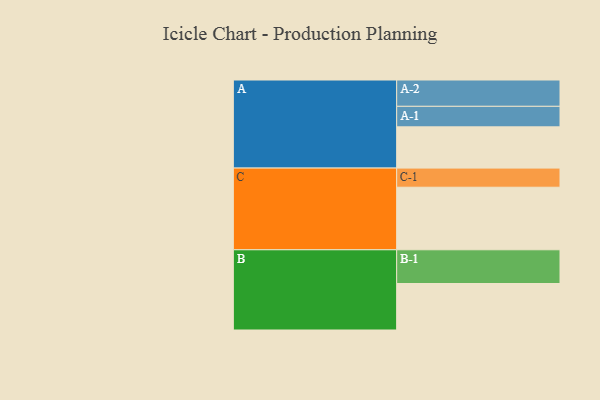
{"axis": {"x": "Segment", "y": "Value"}, "legend": ["", "A", "B", "C"], "data": [{"x": "A", "y": 362, "type": ""}, {"x": "B", "y": 408, "type": ""}, {"x": "C", "y": 549, "type": ""}, {"x": "A-1", "y": 180, "type": "A"}, {"x": "A-2", "y": 231, "type": "A"}, {"x": "B-1", "y": 296, "type": "B"}, {"x": "C-1", "y": 168, "type": "C"}]}